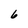
Character: 6